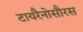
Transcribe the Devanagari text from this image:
टायरैनोसौरस